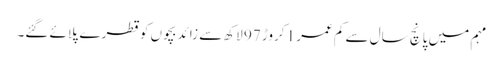
مہم میں پانچ سال سے کم عمر 1 کروڑ 97 لاکھ سے زائد بچوں کو قطرے پلائے گئے۔